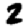
Digit: 2